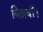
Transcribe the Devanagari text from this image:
बितायीं।